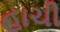
હાચી